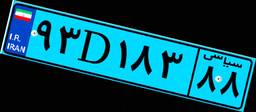
۵۹D۵۸۹۵۱